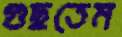
গুছতেম